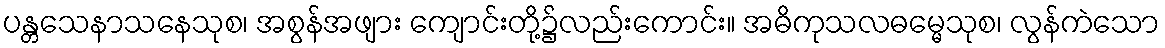
ပန္တသေနာသနေသုစ၊ အစွန်အဖျား ကျောင်းတို့၌လည်းကောင်း။ အဓိကုသလဓမ္မေသုစ၊ လွန်ကဲသော